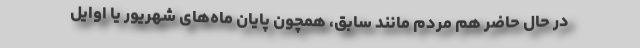
در حال حاضر هم مردم مانند سابق، همچون پایان ماه‌های شهریور یا اوایل